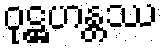
ဝုဋ္ဌဟန္တဿ